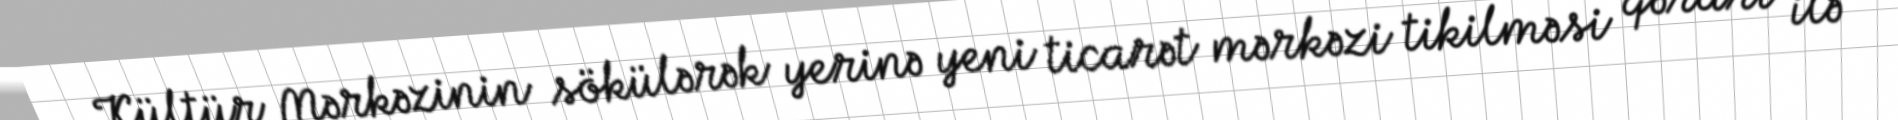
Kültür Mərkəzinin sökülərək yerinə yeni ticarət mərkəzi tikilməsi qərarı ilə